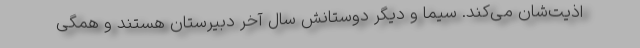
اذیت‌شان می‌کند. سیما و دیگر دوستانش سال آخر دبیرستان هستند و همگی